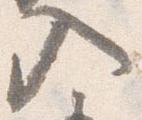
入